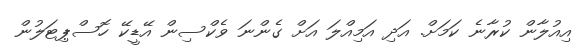
އިއުލާން ކުރާނެ ކަމަށް. އަދި އަމިއްލަ އަށް ގެންނަ ވެކްސިން އޭޑީކޭ ހޮސްޕިޓަލުން